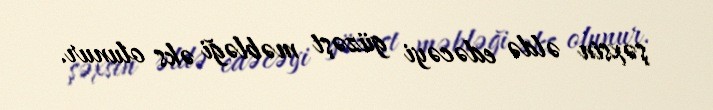
şəxsin əldə edəcəyi güzəşt məbləği əks olunur.